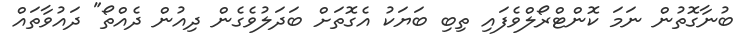
ބުނާގޮތުން ނަމަ ކޮންޓްރޯލްވެފައި ތިބި ބަޔަކު އެގޮތަށް ބަދަލުވެގެން ދިއުން ދެއްތޯ" ދައުވާތައް